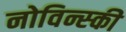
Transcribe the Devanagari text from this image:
नोविन्स्की